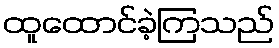
ထူထောင်ခဲ့ကြသည်